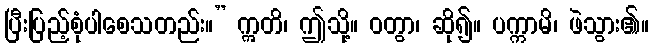
ပြီးပြည့်စုံပါစေသတည်း။” ဣတိ၊ ဤသို့။ ဝတွာ၊ ဆို၍။ ပက္ကာမိ၊ ဖဲသွား၏။